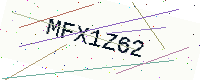
Text: MFX1Z62